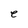
Character: e